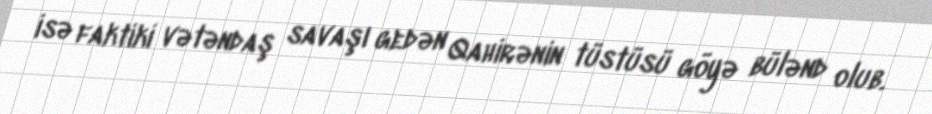
isə faktiki vətəndaş savaşı gedən Qahirənin tüstüsü göyə bülənd olub.